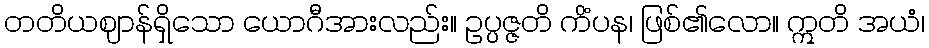
တတိယဈာန်ရှိသော ယောဂီအားလည်း။ ဥပ္ပဇ္ဇတိ ကိံပန၊ ဖြစ်၏လော။ ဣတိ အယံ၊